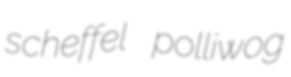
scheffel polliwog